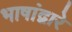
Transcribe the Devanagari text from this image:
भाषांद्वारे